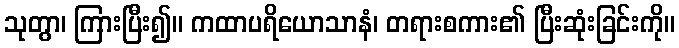
သုတွာ၊ ကြားပြီး၍။ ကထာပရိယောသာနံ၊ တရားစကား၏ ပြီးဆုံးခြင်းကို။